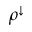
\rho ^ { \downarrow }